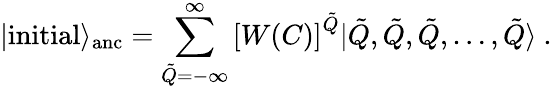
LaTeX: |\mathrm{initial}\rangle_{\mathrm{anc}}=\sum_{\tilde{Q}=-\infty}^{\infty}\left[W(C)\right]^{\tilde{Q}}|\tilde{Q},\tilde{Q},\tilde{Q},\dots,\tilde{Q}\rangle~.